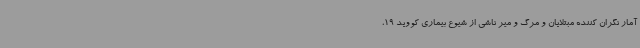
آمار نگران کننده مبتلایان و مرگ و میر ناشی از شیوع بیماری کووید 19،